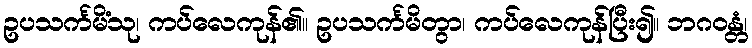
ဥပသင်္ကမိံသု၊ ကပ်လေကုန်၏။ ဥပသင်္ကမိတွာ၊ ကပ်လေကုန်ပြီး၍။ ဘဂဝန္တံ၊